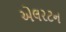
એલરટન